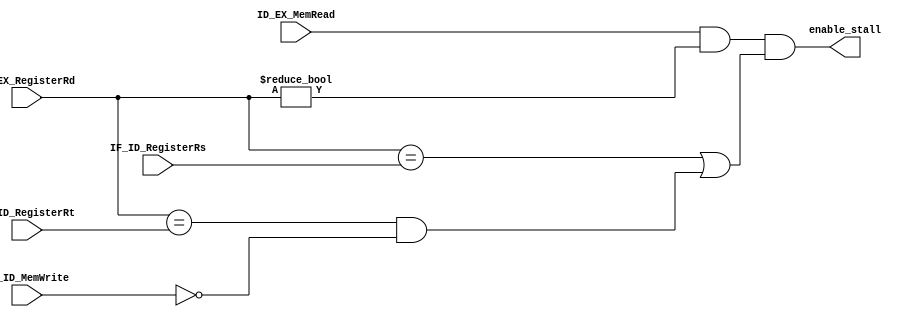
module hazarddetection (
    input ID_EX_MemRead,  IF_ID_MemWrite,
    input [3:0] ID_EX_RegisterRd, IF_ID_RegisterRs, IF_ID_RegisterRt,
    output enable_stall
);

assign enable_stall = (ID_EX_MemRead & (ID_EX_RegisterRd != 4'b0000) & ((ID_EX_RegisterRd == IF_ID_RegisterRs) | ((ID_EX_RegisterRd == IF_ID_RegisterRt) & (~IF_ID_MemWrite))));

endmodule